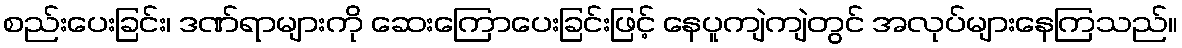
စည်းပေးခြင်း၊ ဒဏ်ရာများကို ဆေးကြောပေးခြင်းဖြင့် နေပူကျဲကျဲတွင် အလုပ်များနေကြသည်။